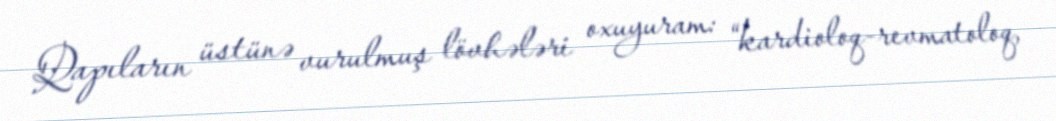
Qapıların üstünə vurulmuş lövhələri oxuyuram: “kardioloq-revmatoloq,